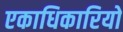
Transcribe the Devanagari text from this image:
एकाधिकारियो